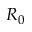
R _ { 0 }